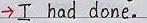
-> I had done.